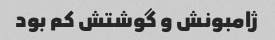
ژامبونش و گوشتش کم بود